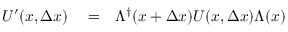
\begin{array} { r l r } { U ^ { \prime } ( x , \Delta x ) } & { { } = } & { \Lambda ^ { \dagger } ( x + \Delta x ) U ( x , \Delta x ) \Lambda ( x ) } \end{array}